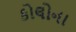
કોલોના